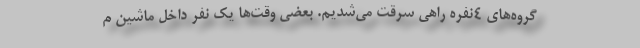
گروه‌های ۴نفره راهی سرقت می‌شدیم. بعضی وقت‌ها یک نفر داخل ماشین م